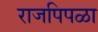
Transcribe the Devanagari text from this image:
राजपिपळा